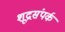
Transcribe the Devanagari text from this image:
शूद्रसंपर्क